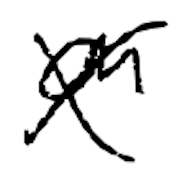
Text: an
Cross-out: cross
Writing tool: digital_black